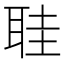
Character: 𮶒